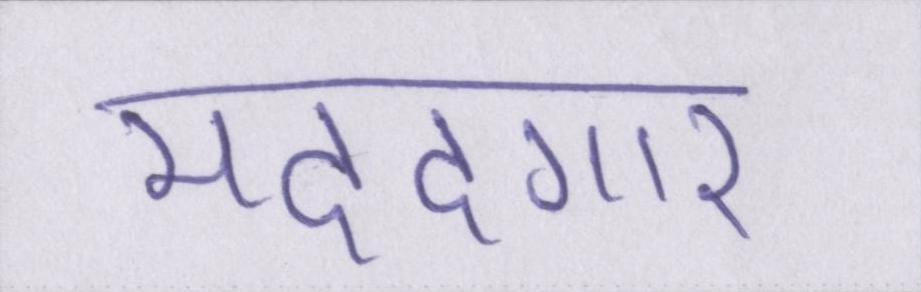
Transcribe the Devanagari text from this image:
मददगार